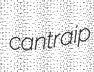
cantraip